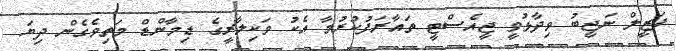
ފަޒީލް ނަޖީބު ވިދާޅުވީ ޖީއެސްޓީ ތައާރަފުކުރުމާ އެކު ވަކިލާރީގެ ޑިމާންޑް މަތިވެގެން ދިޔަ